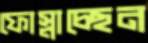
ফোস্‌লাচ্ছেন